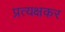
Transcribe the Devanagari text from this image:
प्रत्यक्षकर